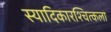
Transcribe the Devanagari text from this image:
स्यादिकारश्चित्कला